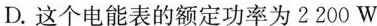
D.这个电能表的额定功率为2200W